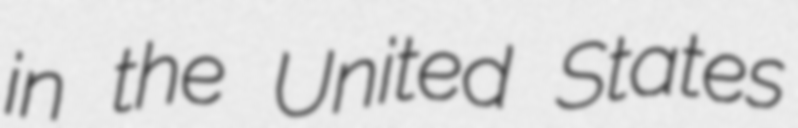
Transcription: in the United States